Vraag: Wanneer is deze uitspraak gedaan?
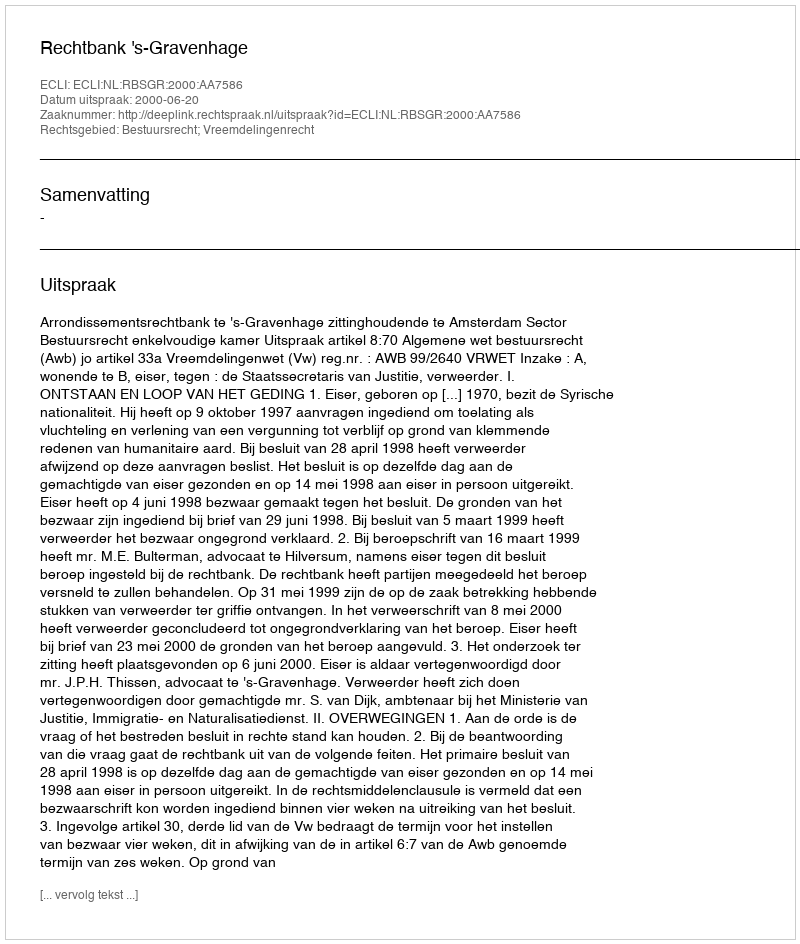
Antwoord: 2000-06-20